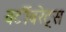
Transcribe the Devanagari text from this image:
वर्टीबरेट्स